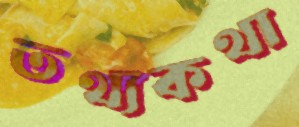
তথ্যকথা